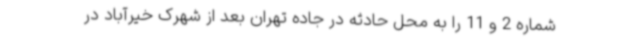
شماره 2 و 11 را به محل حادثه در جاده تهران بعد از شهرک خیرآباد در